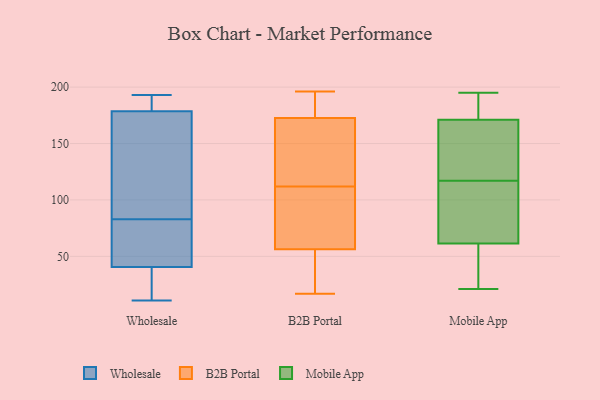
{"axis": {"x": "Website Visitors", "y": "Value"}, "legend": ["B2B Portal", "Mobile App", "Wholesale"], "data": [{"x": "", "y": 66, "type": "Wholesale"}, {"x": "", "y": 22, "type": "Wholesale"}, {"x": "", "y": 52, "type": "Wholesale"}, {"x": "", "y": 83, "type": "Wholesale"}, {"x": "", "y": 191, "type": "Wholesale"}, {"x": "", "y": 36, "type": "Wholesale"}, {"x": "", "y": 37, "type": "Wholesale"}, {"x": "", "y": 114, "type": "Wholesale"}, {"x": "", "y": 159, "type": "Wholesale"}, {"x": "", "y": 193, "type": "Wholesale"}, {"x": "", "y": 191, "type": "Wholesale"}, {"x": "", "y": 11, "type": "Wholesale"}, {"x": "", "y": 143, "type": "Wholesale"}, {"x": "", "y": 185, "type": "Wholesale"}, {"x": "", "y": 51, "type": "Wholesale"}, {"x": "", "y": 173, "type": "B2B Portal"}, {"x": "", "y": 185, "type": "B2B Portal"}, {"x": "", "y": 112, "type": "B2B Portal"}, {"x": "", "y": 56, "type": "B2B Portal"}, {"x": "", "y": 82, "type": "B2B Portal"}, {"x": "", "y": 34, "type": "B2B Portal"}, {"x": "", "y": 22, "type": "B2B Portal"}, {"x": "", "y": 159, "type": "B2B Portal"}, {"x": "", "y": 159, "type": "B2B Portal"}, {"x": "", "y": 17, "type": "B2B Portal"}, {"x": "", "y": 196, "type": "B2B Portal"}, {"x": "", "y": 160, "type": "B2B Portal"}, {"x": "", "y": 181, "type": "B2B Portal"}, {"x": "", "y": 83, "type": "B2B Portal"}, {"x": "", "y": 171, "type": "B2B Portal"}, {"x": "", "y": 55, "type": "B2B Portal"}, {"x": "", "y": 186, "type": "B2B Portal"}, {"x": "", "y": 57, "type": "B2B Portal"}, {"x": "", "y": 82, "type": "B2B Portal"}, {"x": "", "y": 37, "type": "Mobile App"}, {"x": "", "y": 161, "type": "Mobile App"}, {"x": "", "y": 129, "type": "Mobile App"}, {"x": "", "y": 89, "type": "Mobile App"}, {"x": "", "y": 167, "type": "Mobile App"}, {"x": "", "y": 23, "type": "Mobile App"}, {"x": "", "y": 54, "type": "Mobile App"}, {"x": "", "y": 105, "type": "Mobile App"}, {"x": "", "y": 195, "type": "Mobile App"}, {"x": "", "y": 133, "type": "Mobile App"}, {"x": "", "y": 133, "type": "Mobile App"}, {"x": "", "y": 99, "type": "Mobile App"}, {"x": "", "y": 175, "type": "Mobile App"}, {"x": "", "y": 69, "type": "Mobile App"}, {"x": "", "y": 21, "type": "Mobile App"}, {"x": "", "y": 186, "type": "Mobile App"}, {"x": "", "y": 184, "type": "Mobile App"}, {"x": "", "y": 187, "type": "Mobile App"}, {"x": "", "y": 92, "type": "Mobile App"}, {"x": "", "y": 42, "type": "Mobile App"}]}